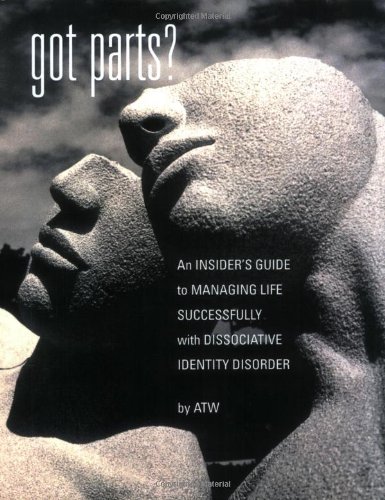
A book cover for Got Parts? An Insider's Guide to Managing Life Successfully with Dissociative Identity Disorder (New Horizons in Therapy); A.T.W.; Health, Fitness & Dieting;